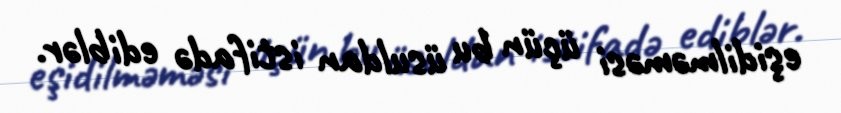
eşidilməməsi üçün bu üsuldan istifadə ediblər.